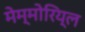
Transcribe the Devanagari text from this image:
मेम्मोरिय्ल